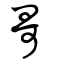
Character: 哥